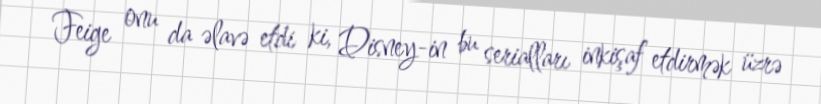
Feige onu da əlavə etdi ki, Disney-in bu serialları inkişaf etdirmək üzrə